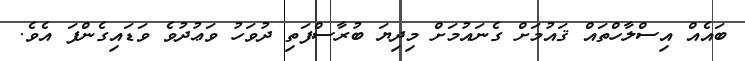
ބައެއް އިސްލާހްތައް ޤައުމަށް ގެނައުމަށް މިދިޔަ ބުރާސްފަތި ދުވަހު ވަޢުދުވެ ވަޑައިގެންފަ އެވެ.